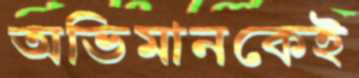
অভিমানকেই